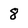
Character: 8